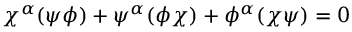
\chi ^ { \alpha } ( \psi \phi ) + \psi ^ { \alpha } ( \phi \chi ) + \phi ^ { \alpha } ( \chi \psi ) = 0